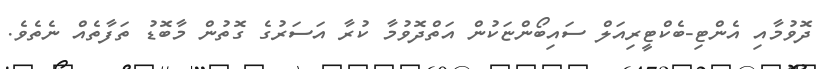
ދޮވުމާއި އެންޓި-ބެކްޓީރިއަލް ސައިބޯންޏަކުން އަތްދޮވުމާ ކުރާ އަސަރުގެ ގޮތުން މާބޮޑު ތަފާތެއް ނެތެވެ.